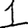
Digit: 1